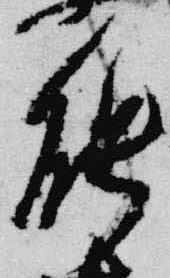
能